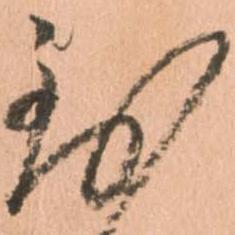
到